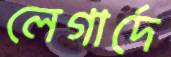
লেগার্দে